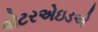
વોટરએઇડએ